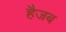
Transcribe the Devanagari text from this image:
हैजब